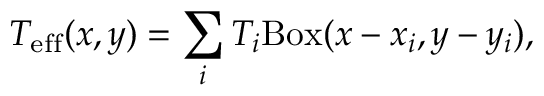
T _ { \mathrm { e f f } } ( x , y ) = \sum _ { i } T _ { i } \mathrm { B o x } ( x - x _ { i } , y - y _ { i } ) ,